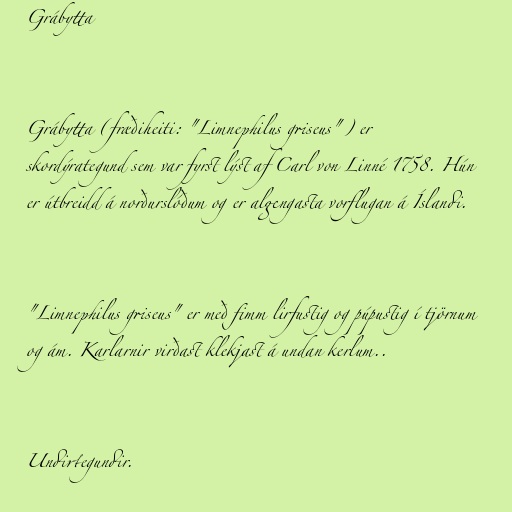
Grábytta

Grábytta (fræðiheiti: "Limnephilus griseus") er
skordýrategund sem var fyrst lýst af Carl von Linné 1758. Hún
er útbreidd á norðurslóðum og er algengasta vorflugan á Íslandi.

"Limnephilus griseus" er með fimm lirfustig og púpustig í tjörnum
og ám. Karlarnir virðast klekjast á undan kerlum..

Undirtegundir.